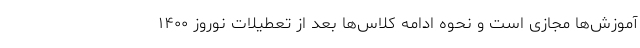
آموزش‌ها مجازی است و نحوه ادامه کلاس‌ها بعد از تعطیلات نوروز ۱۴۰۰